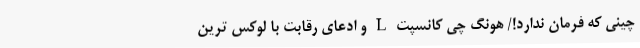
چینی که فرمان ندارد!/ هونگ چی کانسپت L و ادعای رقابت با لوکس ترین